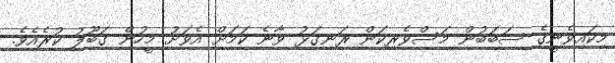
މިކައިވެނީގެ ސަބަބުން މަސްވެރިކަން ރަނގަޅު ވާނެ ކަމަށް އެވަށު މީހުން ގަބޫލު ކުރެއެވެ.